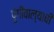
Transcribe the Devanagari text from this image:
पुंगीवाल्याची